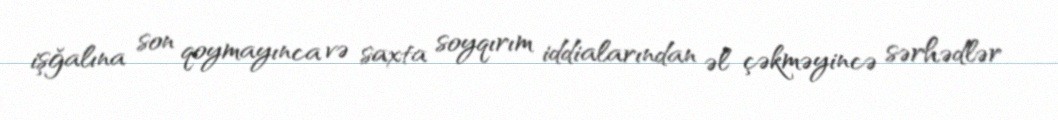
işğalına son qoymayınca və saxta soyqırım iddialarından əl çəkməyincə sərhədlər